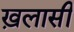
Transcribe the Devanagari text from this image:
ख़लासी